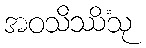
အဝသိဿိံသု